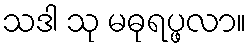
သဒါ သု မဓုရပ္ဖလာ။